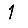
Digit: 1